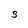
Character: S